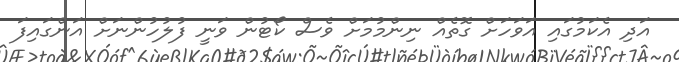
އަދި އެކަމުގައި އަވަހަށް ގޮތެއް ނިންމުމަށް ވެސް ކޯޓުން ވަނީ ފުލުހުންނަށް އަންގައިފަ